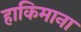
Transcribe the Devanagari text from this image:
हाकिमाना